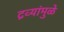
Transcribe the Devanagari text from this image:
द्रव्यांमुळे